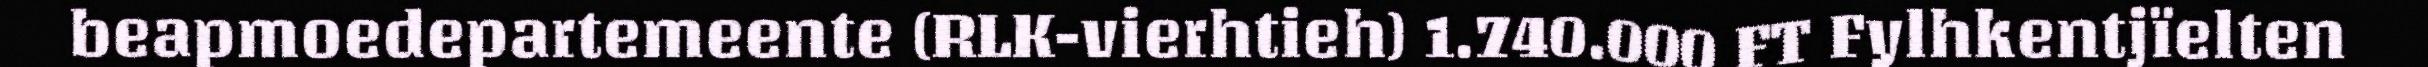
beapmoedepartemeente (RLK-vierhtieh) 1.740.000 FT Fylhkentjïelten